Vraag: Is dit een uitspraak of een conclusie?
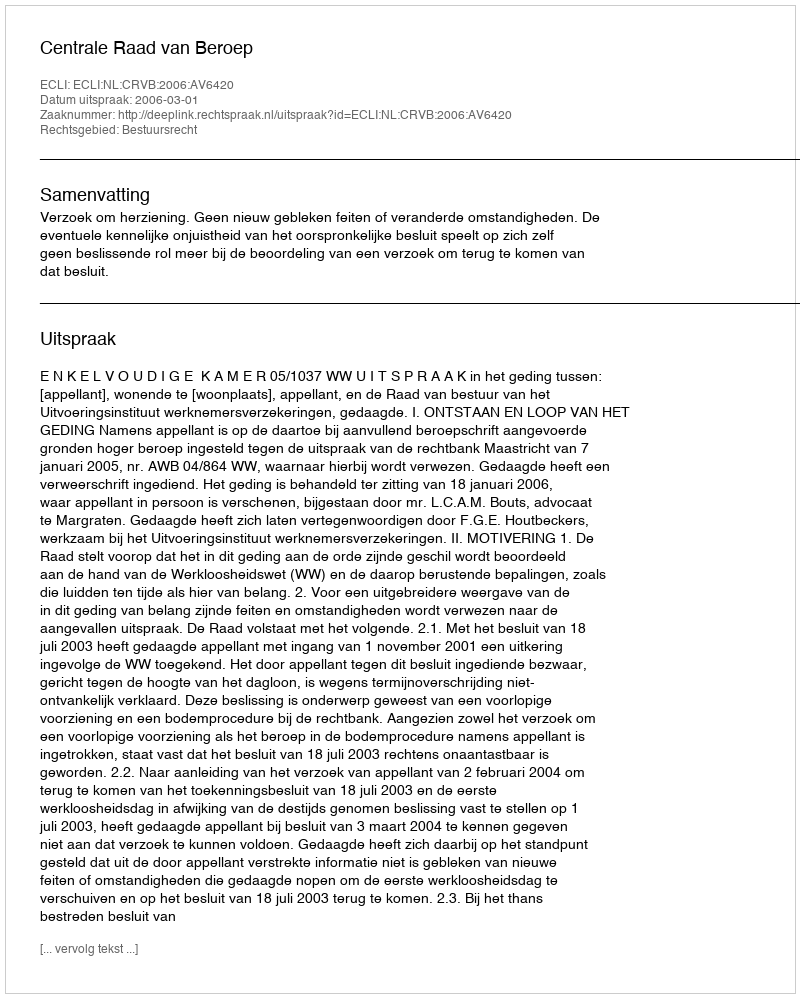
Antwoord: Uitspraak